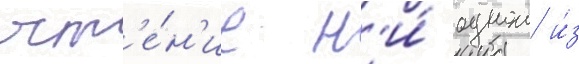
чт'е́н'ие н'и́ однои и́з